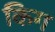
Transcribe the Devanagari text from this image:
किग